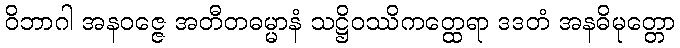
ဝိဘာဂါ အနဝဇ္ဇေ အတီတဓမ္မာနံ သဋ္ဌိဝဿိကတ္ထေရာ ဒဒတံ အနဓိမုတ္တော